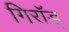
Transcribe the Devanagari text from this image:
गिरॉड्